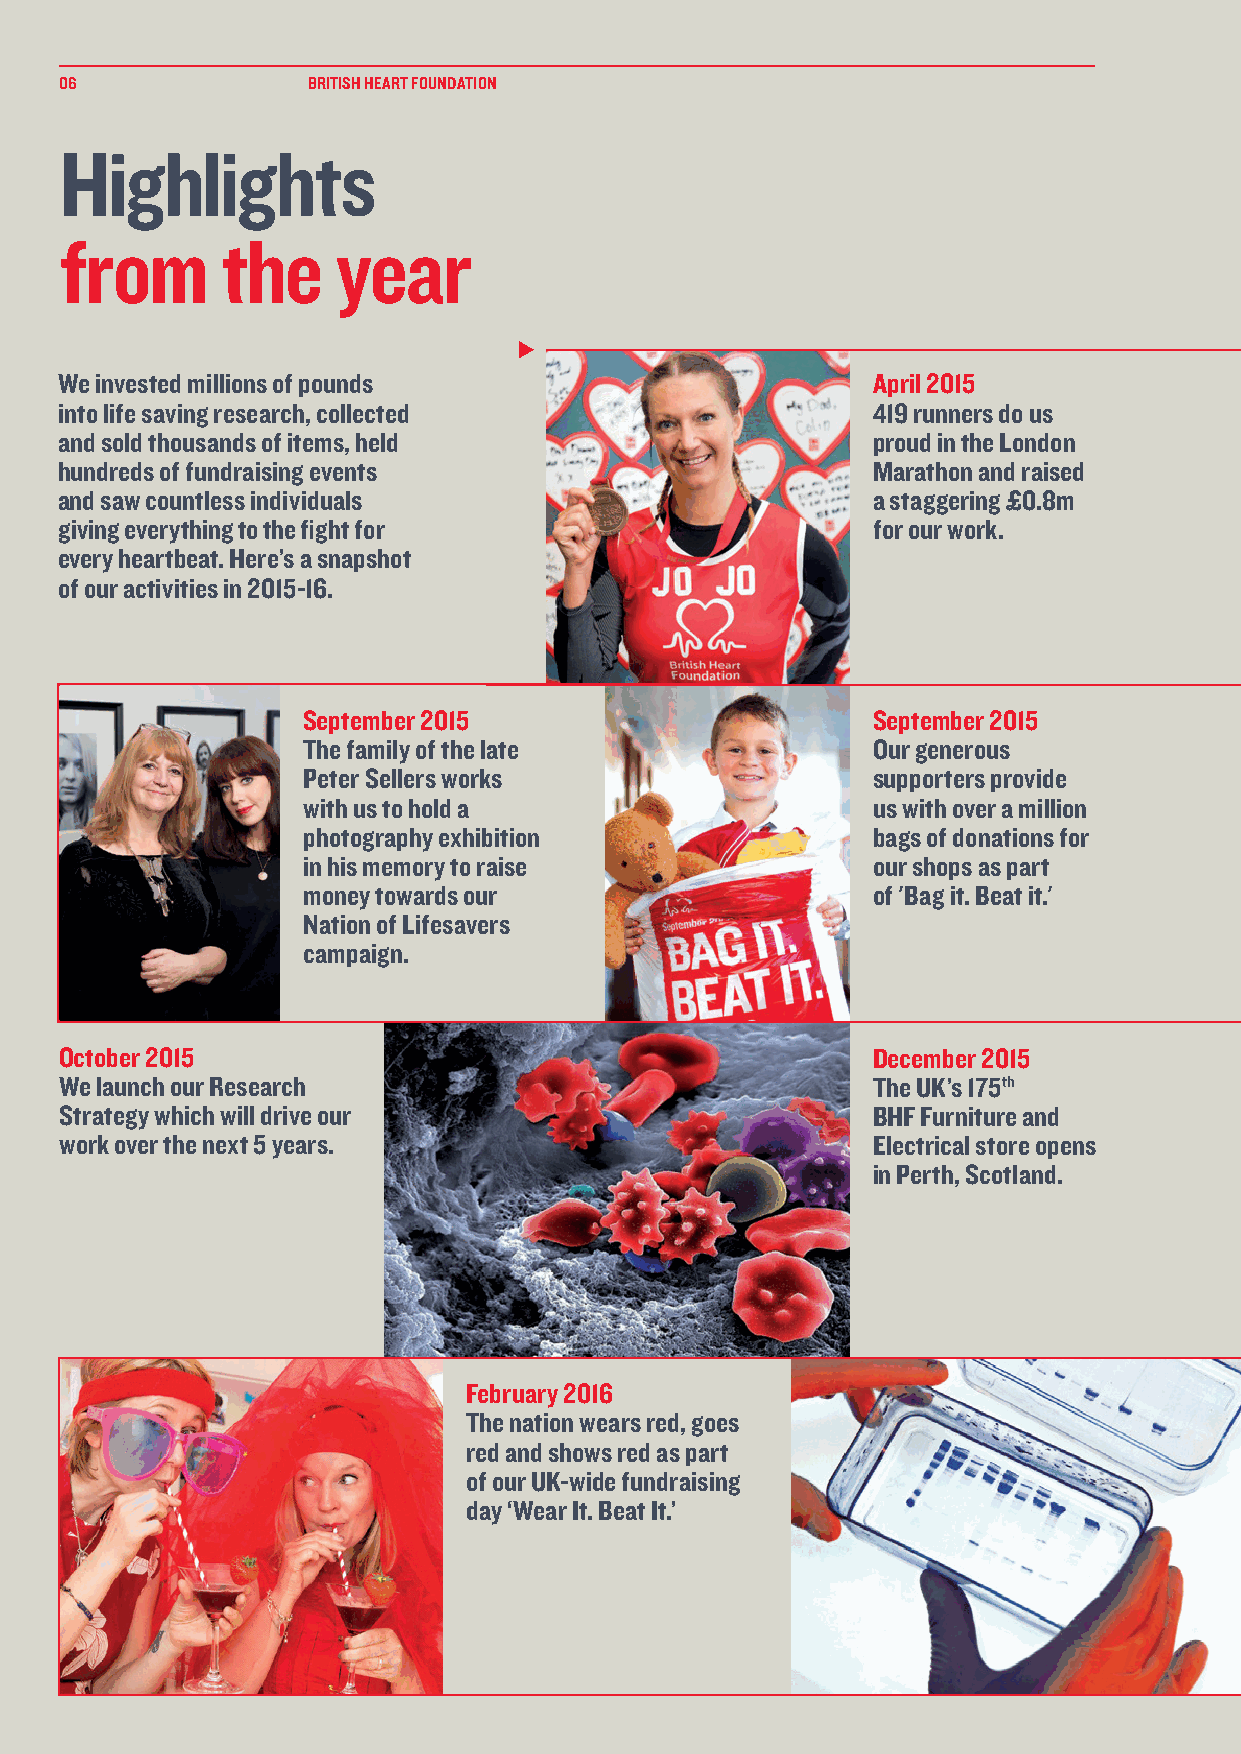
06              BRITISH HEART FOUNDATION
 Highlights
 from       the    year
 We invested millions of pounds                        April 2015
 into life saving research, collected                  419 runners do us
 and sold thousands of items, held                     proud in the London
 hundreds of fundraising events                        Marathon and raised
 and saw countless individuals                         a staggering £0.8m
 giving everything to the fight for                    for our work.
 every heartbeat. Here’s a snapshot
 of our activities in 2015-16.
 September 2015                        September 2015
 The family of the late                Our generous
 Peter Sellers works                   supporters provide
 with us to hold a                     us with over a million
 photography exhibition                bags of donations for
 in his memory to raise                our shops as part
 money towards our                     of 'Bag it. Beat it.'
 Nation of Lifesavers
 campaign.
 October 2015                                          December 2015
 We launch our Research                                The UK’s 175th
 Strategy which will drive our                         BHF Furniture and
 work over the next 5 years.                           Electrical store opens
 in Perth, Scotland.
 February 2016
 The nation wears red, goes
 red and shows red as part
 of our UK-wide fundraising
 day ‘Wear It. Beat It.’